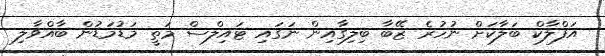
އަފްލާކް ބަލާކަށް ނުހުރެ ޒޭބާ ބިލިގާއިން ނަގައި ޓައިލްސް މަތީ މަޑުމަޑުން ބާއްވާލި